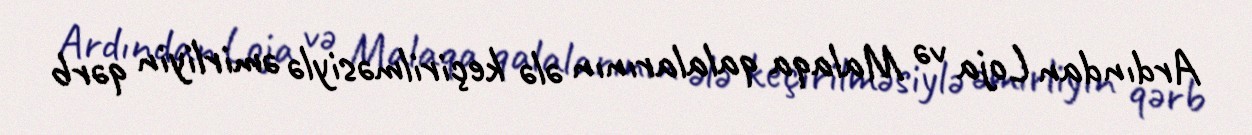
Ardından Loja və Malaqa qalalarının ələ keçirilməsiylə əmirliyin qərb